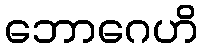
ဘောဂေဟိ